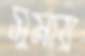
সুমায়